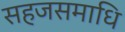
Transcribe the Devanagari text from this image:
सहजसमाधि